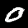
Digit: 0